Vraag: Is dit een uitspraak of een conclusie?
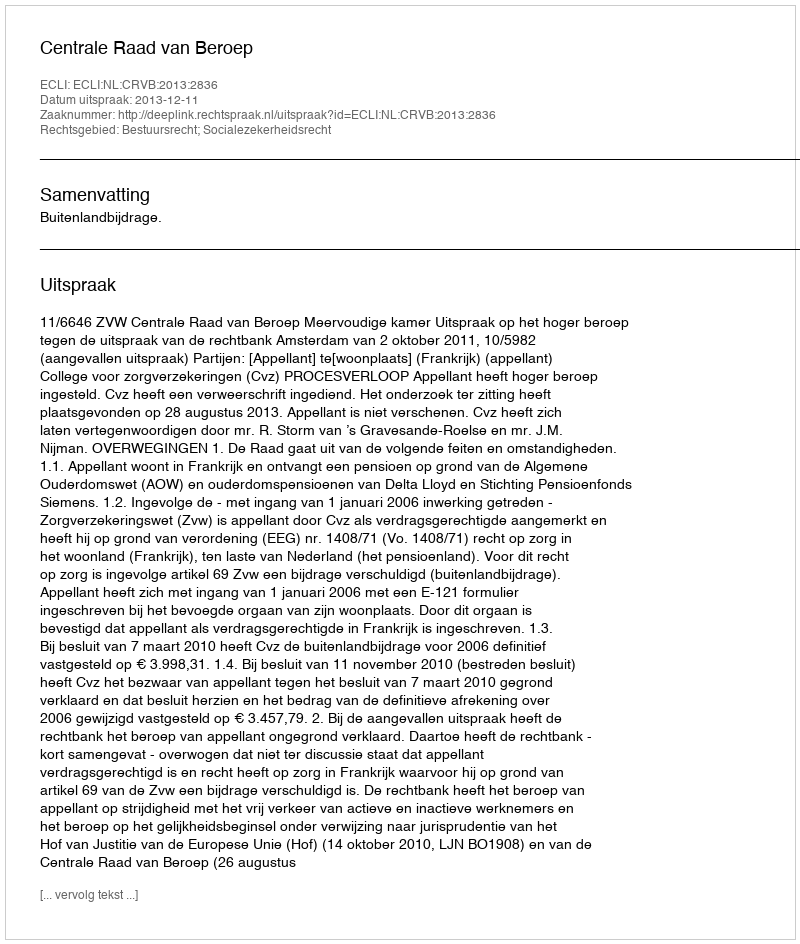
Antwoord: Uitspraak